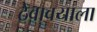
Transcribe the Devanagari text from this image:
ठेवावयाला